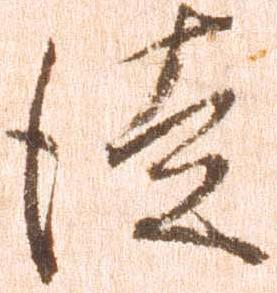
徒